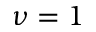
\nu = 1